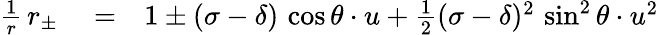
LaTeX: \begin{array}{rlr}{\frac{1}{r}\, r_{\pm}}&{{}=}&{1\pm(\sigma-\delta)\, \cos\theta\cdot u+\frac{1}{2}(\sigma-\delta)^{2}\, \sin^{2}\theta\cdot u^{2}}\end{array}